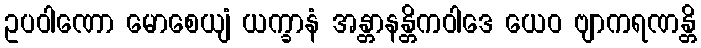
ဥပဝါဏော မောစေယျံ ယက္ခာနံ အန္တာနန္တိကဝါဒေ ယေဝ ဗျာကရဏန္တိ